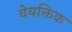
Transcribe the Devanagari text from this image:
वेयक्तिक